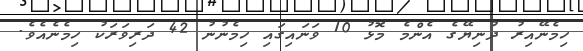
ހިމެނޭއިރު ދުނިޔޭގެ އެންމެ މޮޅު 10 ވަނައިގައި ހިމެނުނު 42 ދަރިވަރަކު ހިމެނެއެވެ.